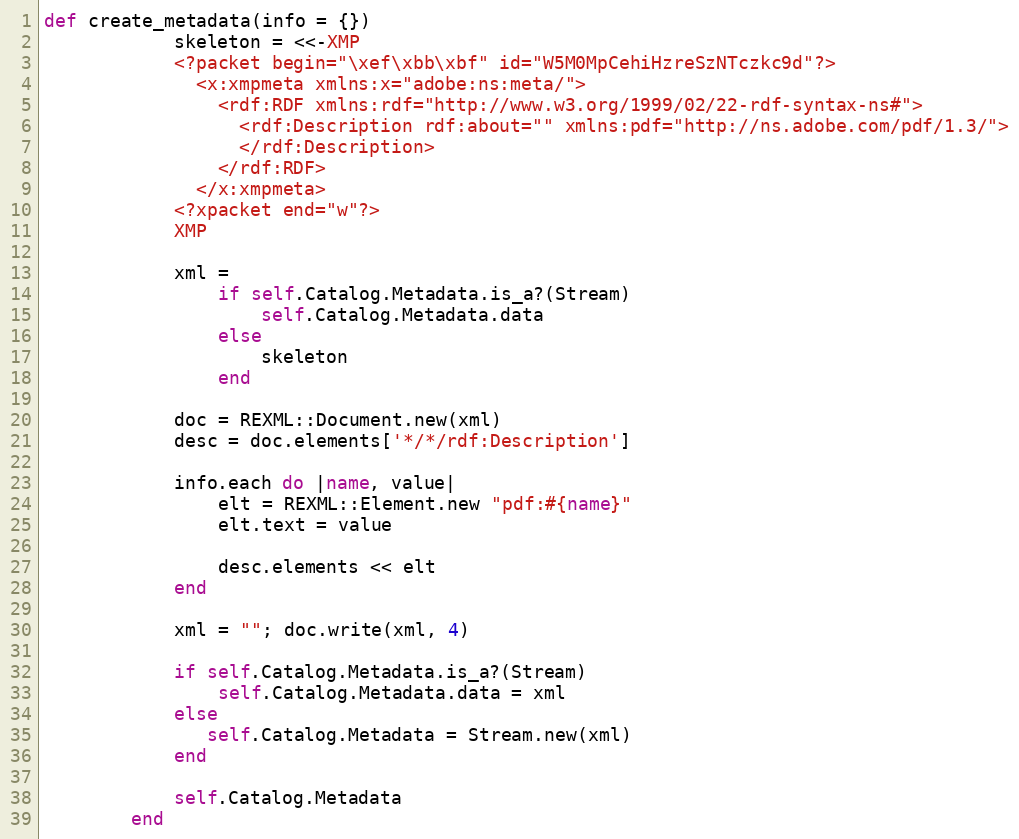
Language: Ruby
def create_metadata(info = {})
            skeleton = <<-XMP
            <?packet begin="\xef\xbb\xbf" id="W5M0MpCehiHzreSzNTczkc9d"?>
              <x:xmpmeta xmlns:x="adobe:ns:meta/">
                <rdf:RDF xmlns:rdf="http://www.w3.org/1999/02/22-rdf-syntax-ns#">
                  <rdf:Description rdf:about="" xmlns:pdf="http://ns.adobe.com/pdf/1.3/">
                  </rdf:Description>
                </rdf:RDF>
              </x:xmpmeta>
            <?xpacket end="w"?>
            XMP

            xml =
                if self.Catalog.Metadata.is_a?(Stream)
                    self.Catalog.Metadata.data
                else
                    skeleton
                end

            doc = REXML::Document.new(xml)
            desc = doc.elements['*/*/rdf:Description']

            info.each do |name, value|
                elt = REXML::Element.new "pdf:#{name}"
                elt.text = value

                desc.elements << elt
            end

            xml = ""; doc.write(xml, 4)

            if self.Catalog.Metadata.is_a?(Stream)
                self.Catalog.Metadata.data = xml
            else
               self.Catalog.Metadata = Stream.new(xml)
            end

            self.Catalog.Metadata
        end